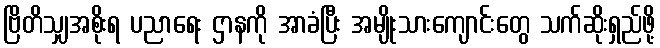
ဗြိတိသျှအစိုးရ ပညာရေး ဌာနကို အာခံပြီး အမျိုးသားကျောင်းတွေ သက်ဆိုးရှည်ဖို့